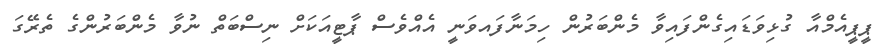
ޕީޕީއެމްއާ ގުޅިވަޑައިގެންފައިވާ މެންބަރުން ހިމަނާފައވަނީ އެއްވެސް ޕާޓީއަކަށް ނިސްބަތް ނުވާ މެންބަރުންގެ ތެރޭގަ